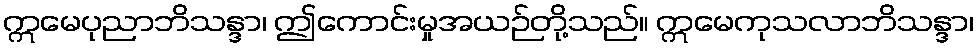
ဣမေပုညာဘိသန္ဒာ၊ ဤကောင်းမှုအယဉ်တို့သည်။ ဣမေကုသလာဘိသန္ဒာ၊